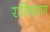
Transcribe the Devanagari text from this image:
रात्रिचरण